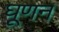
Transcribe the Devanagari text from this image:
घूणन